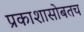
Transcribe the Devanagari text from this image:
प्रकाशासोबतच